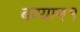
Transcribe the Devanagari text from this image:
बण्यान१